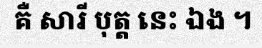
គឺ សារី បុត្ត នេះ ឯង ។